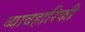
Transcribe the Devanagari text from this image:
व्यावहारिकी